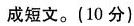
成短文.(10分)